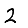
Digit: 2